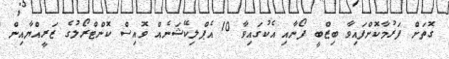
ގޮތަށް ފަރުމާކޮށްފައިވާ ބިޒްބީ ފޯނާއި އެކުގައިވާ 10 އެޕްލިކޭޝަނެއް ވޮއިސް ކޮންޓްރޯލުގެ ޒަރީއްޔާއިން